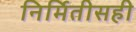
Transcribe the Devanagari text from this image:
निर्मितीसही